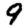
Digit: 9